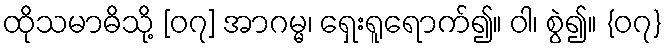
ထိုသမာဓိသို့ [၀၇] အာဂမ္မ၊ ရှေးရူရောက်၍။ ဝါ၊ စွဲ၍။ {၀၇}